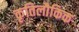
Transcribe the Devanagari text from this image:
कृतिलौकिक